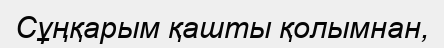
Сұңқарым қашты қолымнан,